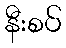
နီးစပ်